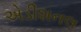
એડીશનલ